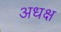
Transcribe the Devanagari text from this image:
अधक्ष